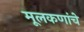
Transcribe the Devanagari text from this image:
मूलकणांचे